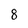
Character: 8